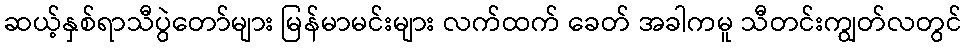
ဆယ့်နှစ်ရာသီပွဲတော်များ မြန်မာမင်းများ လက်ထက် ခေတ် အခါကမူ သီတင်းကျွတ်လတွင်